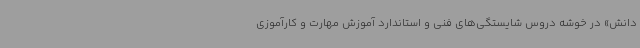
دانش» در خوشه دروس شایستگی‌های فنی و استاندارد آموزش مهارت و کارآموزی